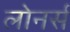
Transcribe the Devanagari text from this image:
लोनर्स